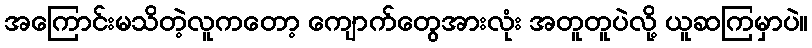
အကြောင်းမသိတဲ့လူကတော့ ကျောက်တွေအားလုံး အတူတူပဲလို့ ယူဆကြမှာပဲ။